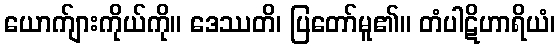
ယောက်ျားကိုယ်ကို။ ဒေဿတိ၊ ပြတော်မူ၏။ တံပါဋိဟာရိယံ၊